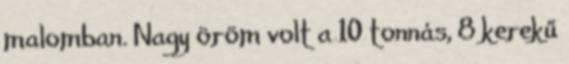
malomban. Nagy öröm volt a 10 tonnás, 8 kerekű